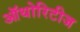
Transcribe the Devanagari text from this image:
ऑथोरिटीज